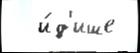
  и́д'ише